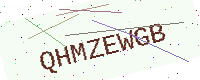
Text: QHMZEWGB